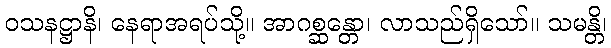
ဝသနဋ္ဌာနိ၊ နေရာအရပ်သို့။ အာဂစ္ဆန္တော၊ လာသည်ရှိသော်။ သမန္တိ၊